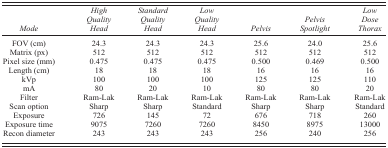
| Mode | High Quality Head | Standard Quality Head | Low Quality Head | Pelvis | Pelvis Spotlight | Low Dose Thorax |
 | --- | --- | --- | --- | --- | --- | --- |
 | FOV (cm) | 24.3 | 24.3 | 24.3 | 25.6 | 24.0 | 25.6 |
 | Matrix (px) | 512 | 512 | 512 | 512 | 512 | 512 |
 | Pixel size (mm) | 0.475 | 0.475 | 0.475 | 0.500 | 0.469 | 0.500 |
 | Length (cm) | 18 | 18 | 18 | 16 | 16 | 16 |
 | kVp | 100 | 100 | 100 | 125 | 125 | 110 |
 | mA | 80 | 20 | 10 | 80 | 80 | 20 |
 | Filter | Ram‐Lak | Ram‐Lak | Ram‐Lak | Ram‐Lak | Ram‐Lak | Ram‐Lak |
 | Scan option | Sharp | Sharp | Standard | Sharp | Sharp | Standard |
 | Exposure | 726 | 145 | 72 | 676 | 718 | 260 |
 | Exposure time | 9075 | 7260 | 7260 | 8450 | 8975 | 13000 |
 | Recon diameter | 243 | 243 | 243 | 256 | 240 | 256 |